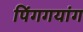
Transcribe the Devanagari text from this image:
पिंगगयांग